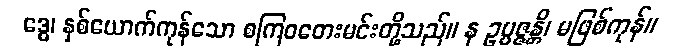
ဒွေ၊ နှစ်ယောက်ကုန်သော စကြဝတေးမင်းတို့သည်။ န ဥပ္ပဇ္ဇန္တိ၊ မဖြစ်ကုန်။